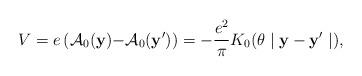
LaTeX: \begin{align*}V=e\left( \mathcal{A}_{0}(\mathbf{y)-}\mathcal{A}_{0}(\mathbf{y}^{\prime})\right) =-\frac{e^{2}}{\pi }K_{0}(\theta \mid \mathbf{y-y}^{\prime }\mid ),\end{align*}